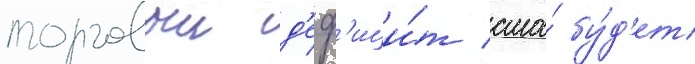
торговыи д'еф'ици́т сша́ бу́д'ет